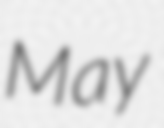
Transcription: May